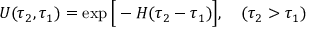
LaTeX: U ( \tau _ { 2 } , \tau _ { 1 } ) = \exp \Big [ - { \cal H } ( \tau _ { 2 } - \tau _ { 1 } ) \Big ] , \quad ( \tau _ { 2 } > \tau _ { 1 } )